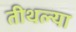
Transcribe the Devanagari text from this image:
तीथल्या